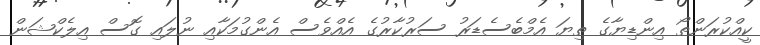
ކީއްކުރަންތޯ އިންޑިޔާގެ ތިޔަ އެމްބެސެޑަރު ސަރުކާރުގެ އެއްވެސް އެންގުމަކާއި ނުލައި ގޮސް އިލެކްޝަން